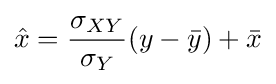
{\hat {x}}={\frac {\sigma _{XY}}{\sigma _{Y}}}(y-{\bar {y}})+{\bar {x}}